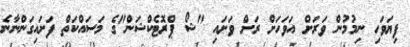
ފިޔަވަހި ނިމުމުން ވަރަށް އަވަހަށް ރަށް ވަށައި "ޝޯ ޕްރޮޓެކްޝަން"ގެ މަސައްކަތް ފަށައިގަންނާނެ